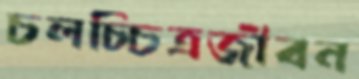
চলচ্চিত্রজীবন